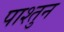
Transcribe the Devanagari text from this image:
पाश्तुन